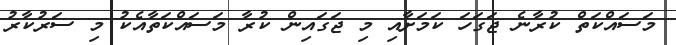
މަސައްކަތް ކުރާނެ ޖަގަހަ ކަމަށާއި މި ޖަގައިން ކުރާ މަސައްކަތާއެކު މި ސަރުކާރު